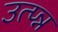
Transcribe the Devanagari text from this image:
उत्प्न्न